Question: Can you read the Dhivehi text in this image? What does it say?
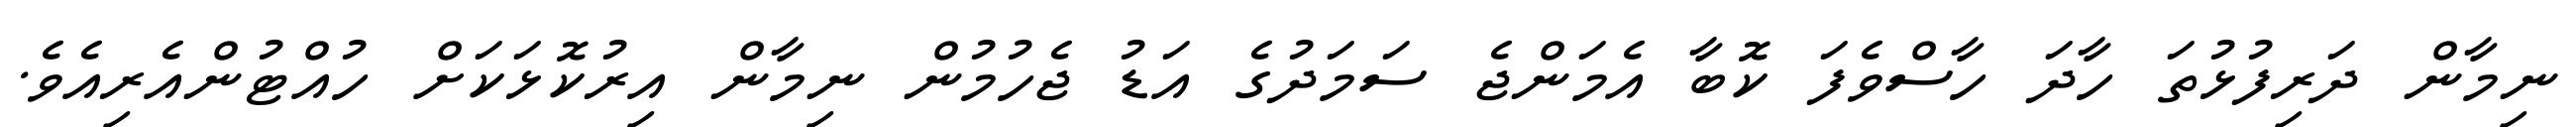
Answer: ނިމާން ދަރިފުޅުތަ ހާދަ ހާސްވެފަ ކޮބާ އެމަންޖެ ސަމަދުގެ އަޑު ޖެހުމުން ނިމާން އިރުކޮޅަކަށް ހުއްޓުންއެރިއެވެ.